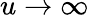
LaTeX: u\rightarrow\infty